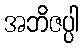
အဘိဇပ္ပါ